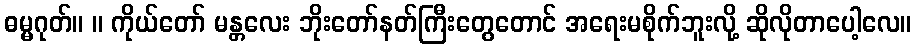
ဓမ္မဂုတ်။ ။ ကိုယ်တော် မန္တလေး ဘိုးတော်နတ်ကြီးတွေတောင် အရေးမစိုက်ဘူးလို့ ဆိုလိုတာပေါ့လေ။